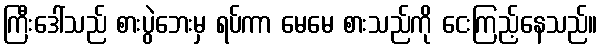
ကြီးဒေါ်သည် စားပွဲဘေးမှ ရပ်ကာ မေမေ စားသည်ကို ငေးကြည့်နေသည်။